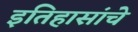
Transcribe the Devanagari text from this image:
इतिहासांचे